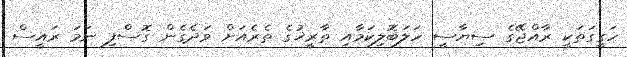
ހަގީގަތަކީ ރާއްޖޭގެ ސިޔާސީ ހަލަބޮލިކަމާއި ތާރީޚުގެ ތެރެއަށް ވަދެގެން ގޮސްފި ނަމަ ރައީސް